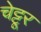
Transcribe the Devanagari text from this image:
चेट्टूर